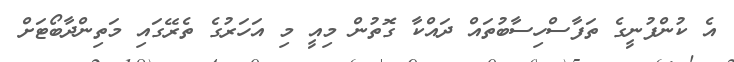
އެ ކުންފުނީގެ ތަފާސްހިސާބުތައް ދައްކާ ގޮތުން މިއީ މި އަހަރުގެ ތެރޭގައި މަތިންދާބޯޓަށް